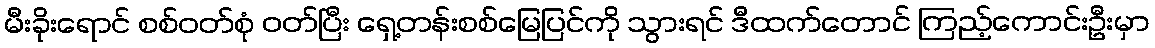
မီးခိုးရောင် စစ်ဝတ်စုံ ဝတ်ပြီး ရှေ့တန်းစစ်မြေပြင်ကို သွားရင် ဒီထက်တောင် ကြည့်ကောင်းဦးမှာ